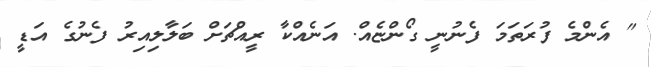
" އެންމެ ފުރަަތަމަ ފެނުނީ ގޯންޏެއް. އަނެއްކާ ރީއްޗަށް ބަލާލިއިރު ފެނުގެ އަޑީ